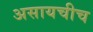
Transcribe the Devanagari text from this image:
असायचीच